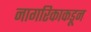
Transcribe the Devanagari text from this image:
नागरिकाकडून